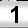
Digit: 1